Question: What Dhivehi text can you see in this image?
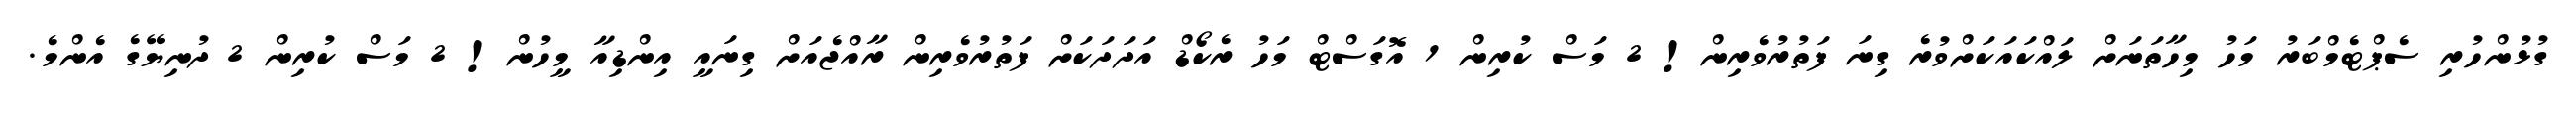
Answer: ގުޅުންހުރި ސެޕްޓެމްބަރު މަހު މިހާތަނަށް ލައްކައަކަށްވުރެ ގިނަ ފަތުރުވެރިން! 2 މަސް ކުރިން 1 އޮގަސްޓް މަހު ރެކޯޑް އަދަދަކަށް ފަތުރުވެރިން ރާއްޖެއަށް ގިނައީ އިންޑިއާ މީހުން! 2 މަސް ކުރިން 2 ދުނިޔޭގެ އެންމެ.